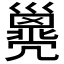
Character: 𢀈